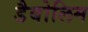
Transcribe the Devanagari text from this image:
डैबोलिम